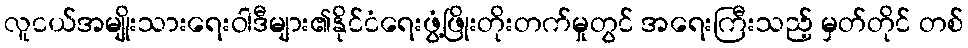
လူငယ်အမျိုးသားရေးဝါဒီများ၏နိုင်ငံရေးဖွံ့ဖြိုးတိုးတက်မှုတွင် အရေးကြီးသည့် မှတ်တိုင် တစ်